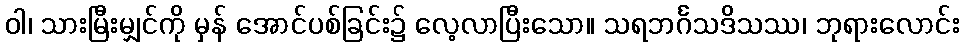
ဝါ၊ သားမြီးမျှင်ကို မှန် အောင်ပစ်ခြင်း၌ လေ့လာပြီးသော။ သရဘင်္ဂသဒိသဿ၊ ဘုရားလောင်း